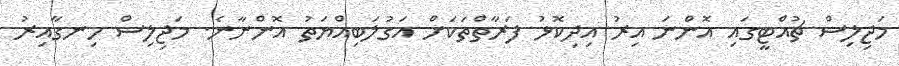
މަޖިލިސް ޗުއްޓީގައި އޮންނަ އިރު އިދިކޮޅު ފަރާތްތަކަށް އަގުލަބިއްޔަތު އޮންނާނެ. މަޖިލިސް ހިނގާއިރު